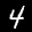
Label: 4